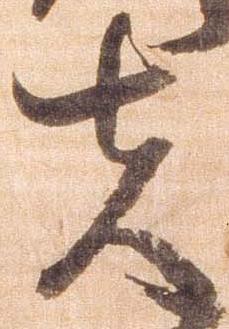
夫